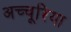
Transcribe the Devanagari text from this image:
अच्चूरिया